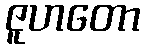
ဇူဟတော